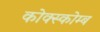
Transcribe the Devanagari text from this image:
कोक्स्कोम्ब